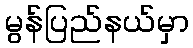
မွန်ပြည်နယ်မှာ